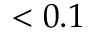
< 0 . 1